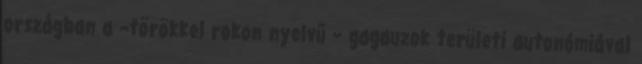
országban a –törökkel rokon nyelvű – gagauzok területi autonómiával